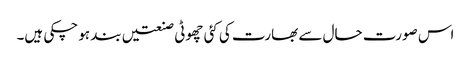
اس صورت حال سے بھارت کی کئی چھوٹی صنعتیں بند ہو چکی ہیں۔